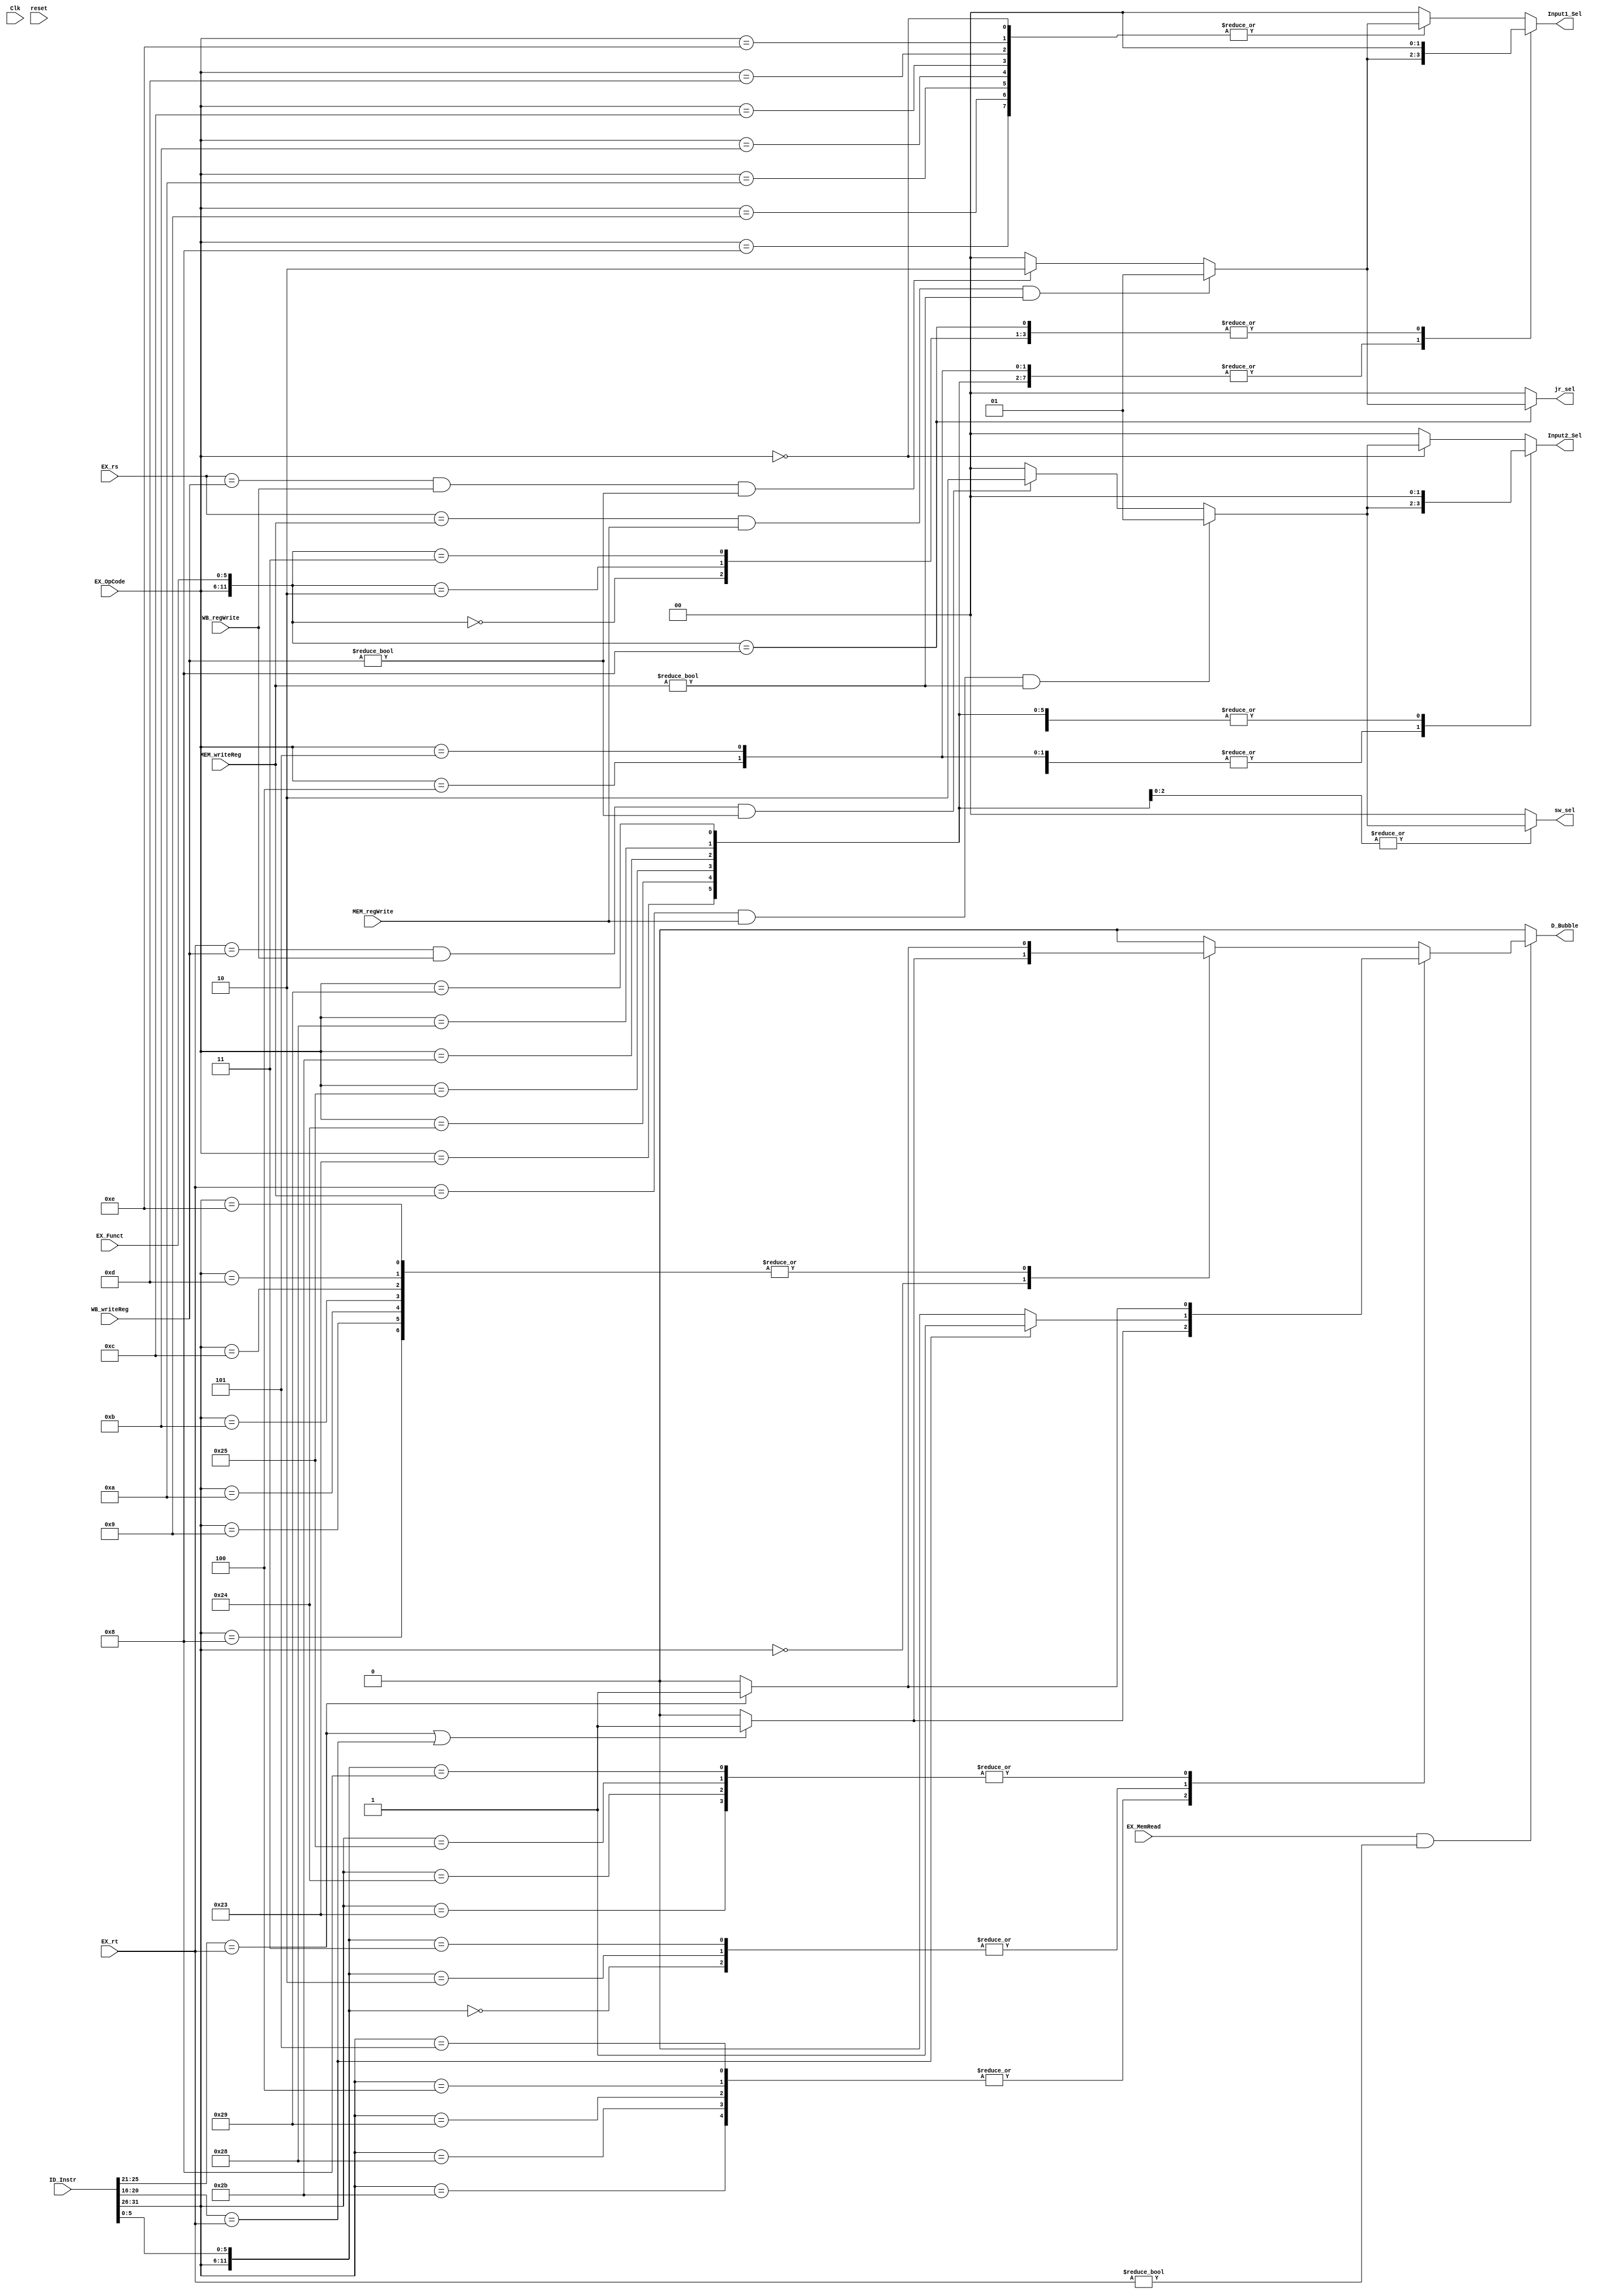
`timescale 1ns / 1ps
//////////////////////////////////////////////////////////////////////////////////
// Company: 
// Engineer: 
// 
// Design Name: 
// Module Name: Data_Hazard_Handler
// Project Name: 
// Target Devices: 
// Tool Versions: 
// Description: 
// 
// Dependencies: 
// 
// Revision:
// Revision 0.01 - File Created
// Additional Comments:
// 
//////////////////////////////////////////////////////////////////////////////////


module Data_Hazard_Handler(

    input Clk,
    input reset,
    
    //Forwarding:
    input [5:0] EX_OpCode,
    input [5:0] EX_Funct,
    input MEM_regWrite,
    input [4:0] MEM_writeReg,
    input WB_regWrite,
    input [4:0] WB_writeReg,
    input [4:0] EX_rs,
    
    output [1:0] Input1_Sel,  //00-default 01-EX_MEMaluRes, 10-MEM_WBwriteData
    output [1:0] Input2_Sel,
    output [1:0] sw_sel, 
    output [1:0] jr_sel,
    
    //Load-Use Case:
    input EX_MemRead,
    input [4:0] EX_rt,
    input [31:0] ID_Instr,
    
    output D_Bubble
    );
    
    reg d_bubble;
    
    assign D_Bubble = d_bubble;
    
    //Load-Use Case:
    always @(ID_Instr or EX_MemRead or EX_rt)
        begin
            if(EX_MemRead == 1 && EX_rt != 0)begin
                casex({ID_Instr[31:26],ID_Instr[5:0]})
                    12'b100011xxxxxx: //lw
                    begin 
                        //rs
                        if(ID_Instr[25:21] == EX_rt) d_bubble = 1;
                        else d_bubble = 0;
                    end
                    12'b100100xxxxxx: //lbu
                    begin 
                        //rs
                        if(ID_Instr[25:21] == EX_rt) d_bubble = 1;
                        else d_bubble = 0;
                    end
                    12'b100101xxxxxx: //lhu
                    begin 
                        //rs
                        if(ID_Instr[25:21] == EX_rt) d_bubble = 1;
                        else d_bubble = 0;
                    end
                    12'b101011xxxxxx: //sw
                    begin
                        //rs rt
                        if(ID_Instr[25:21] == EX_rt || ID_Instr[20:16] == EX_rt) d_bubble = 1;
                        else d_bubble = 0;
                    end
                    12'b101000xxxxxx: //sb
                    begin
                        //rs rt
                        if(ID_Instr[25:21] == EX_rt || ID_Instr[20:16] == EX_rt) d_bubble = 1;
                        else d_bubble = 0;
                    end
                    12'b101001xxxxxx: //sh
                    begin
                        //rs rt
                        if(ID_Instr[25:21] == EX_rt || ID_Instr[20:16] == EX_rt) d_bubble = 1;
                        else d_bubble = 0;
                    end
                    12'b000100xxxxxx: //beq
                    begin
                        //rs rt
                        if(ID_Instr[25:21] == EX_rt || ID_Instr[20:16] == EX_rt) d_bubble = 1;
                        else d_bubble = 0;
                    end
                    12'b000101xxxxxx: //bne new
                    begin
                        //rs rt
                        if(ID_Instr[25:21] == EX_rt || ID_Instr[20:16] == EX_rt) d_bubble = 1;
                        else d_bubble = 0;
                    end
                    12'b000000000000: //sll
                    begin
                        //rt
                        if(ID_Instr[20:16] == EX_rt) d_bubble = 1;
                        else d_bubble = 0;
                    end
                    12'b000000000010: //srl
                    begin
                        //rt
                        if(ID_Instr[20:16] == EX_rt) d_bubble = 1;
                        else d_bubble = 0;
                    end
                    12'b000000000011: //sra
                    begin
                        //rt
                        if(ID_Instr[20:16] == EX_rt) d_bubble = 1;
                        else d_bubble = 0;
                    end
                    12'b000000001000: //jr
                    begin
                        //rs
                        if(ID_Instr[25:21] == EX_rt) d_bubble = 1;
                        else d_bubble = 0;
                    end
                    12'b000000xxxxxx: //remaining r-type
                    begin
                        //rs rt
                        if(ID_Instr[25:21] == EX_rt || ID_Instr[20:16] == EX_rt) d_bubble = 1;
                        else d_bubble = 0;
                    end
                    12'b001000xxxxxx: //addi
                    begin
                        //rs
                        if(ID_Instr[25:21] == EX_rt) d_bubble = 1;
                        else d_bubble = 0;
                    end
                    12'b001001xxxxxx: //addiu new
                    begin
                        //rs
                        if(ID_Instr[25:21] == EX_rt) d_bubble = 1;
                        else d_bubble = 0;
                    end
                    12'b001111xxxxxx: //lui new
                    begin
                        d_bubble = 0;
                    end
                    12'b001010xxxxxx: //slti new
                    begin
                        //rs
                        if(ID_Instr[25:21] == EX_rt) d_bubble = 1;
                        else d_bubble = 0;
                    end
                    12'b001011xxxxxx: //sltiu new
                    begin
                        //rs
                        if(ID_Instr[25:21] == EX_rt) d_bubble = 1;
                        else d_bubble = 0;
                    end
                    12'b001100xxxxxx: //andi
                    begin
                        //rs
                        if(ID_Instr[25:21] == EX_rt) d_bubble = 1;
                        else d_bubble = 0;
                    end
                    12'b001101xxxxxx: //ori
                    begin
                        //rs
                        if(ID_Instr[25:21] == EX_rt) d_bubble = 1;
                        else d_bubble = 0;
                    end
                    12'b001110xxxxxx: //xori
                    begin
                        //rs
                        if(ID_Instr[25:21] == EX_rt) d_bubble = 1;
                        else d_bubble = 0;
                    end
                    12'b000011xxxxxx: //jal
                    begin
                        d_bubble = 0;
                    end
                    12'b000010xxxxxx: //j
                    begin
                        d_bubble = 0;
                    end
                    default:
                        d_bubble = 0;
                endcase
            end
            else d_bubble = 0;
        end
    
    reg [1:0] input1_sel;
    reg [1:0] input2_sel;
    reg [1:0] sw_sel_reg;
    reg [1:0] jr_sel_reg;
    
    assign Input1_Sel = input1_sel;  //00-default 01-EX_MEMaluRes, 10-MEM_WBwriteData
    assign Input2_Sel = input2_sel;
    assign sw_sel = sw_sel_reg;
    assign jr_sel = jr_sel_reg;
    
    //Forwarding:
    always @(EX_OpCode, EX_Funct, EX_rs, EX_rt, MEM_regWrite, 
        MEM_writeReg, WB_regWrite, WB_writeReg) 
        begin
            
            casex({EX_OpCode,EX_Funct}) 
                12'b100011xxxxxx: //lw
                begin 
                    //rs
                    if(EX_rs == MEM_writeReg && MEM_regWrite == 1 && MEM_writeReg != 0) begin
                        input1_sel = 2'b01;
                    end
                    else if(EX_rs == WB_writeReg && WB_regWrite == 1 && WB_writeReg != 0) begin
                        input1_sel = 2'b10;
                    end
                    else begin
                        input1_sel = 2'b00;
                    end
                    input2_sel = 2'b00;
                    sw_sel_reg = 2'b00;
                    jr_sel_reg = 2'b00;
                end
                12'b100100xxxxxx: //lbu
                begin 
                    //rs
                    if(EX_rs == MEM_writeReg && MEM_regWrite == 1 && MEM_writeReg != 0) begin
                        input1_sel = 2'b01;
                    end
                    else if(EX_rs == WB_writeReg && WB_regWrite == 1 && WB_writeReg != 0) begin
                        input1_sel = 2'b10;
                    end
                    else begin
                        input1_sel = 2'b00;
                    end
                    input2_sel = 2'b00;
                    sw_sel_reg = 2'b00;
                    jr_sel_reg = 2'b00;
                end
                12'b100101xxxxxx: //lhu
                begin 
                    //rs
                    if(EX_rs == MEM_writeReg && MEM_regWrite == 1 && MEM_writeReg != 0) begin
                        input1_sel = 2'b01;
                    end
                    else if(EX_rs == WB_writeReg && WB_regWrite == 1 && WB_writeReg != 0) begin
                        input1_sel = 2'b10;
                    end
                    else begin
                        input1_sel = 2'b00;
                    end
                    input2_sel = 2'b00;
                    sw_sel_reg = 2'b00;
                    jr_sel_reg = 2'b00;
                end
                12'b101011xxxxxx: //sw
                begin
                    //rs rt
                    //rs
                    if(EX_rs == MEM_writeReg && MEM_regWrite == 1 && MEM_writeReg != 0) begin
                        input1_sel = 2'b01;
                    end
                    else if(EX_rs == WB_writeReg && WB_regWrite == 1 && WB_writeReg != 0) begin
                        input1_sel = 2'b10;
                    end
                    else begin
                        input1_sel = 2'b00;
                    end
                    //rt-sw
                    if(EX_rt == MEM_writeReg && MEM_regWrite == 1 && MEM_writeReg != 0) begin
                        sw_sel_reg = 2'b01;
                    end
                    else if(EX_rt == WB_writeReg && WB_regWrite == 1 && WB_writeReg != 0) begin
                        sw_sel_reg = 2'b10;
                    end
                    else begin
                        sw_sel_reg = 2'b00;
                    end
                    input2_sel = 2'b00;
                    jr_sel_reg = 2'b00;
                end
                12'b101000xxxxxx: //sb
                begin
                    //rs rt
                    //rs
                    if(EX_rs == MEM_writeReg && MEM_regWrite == 1 && MEM_writeReg != 0) begin
                        input1_sel = 2'b01;
                    end
                    else if(EX_rs == WB_writeReg && WB_regWrite == 1 && WB_writeReg != 0) begin
                        input1_sel = 2'b10;
                    end
                    else begin
                        input1_sel = 2'b00;
                    end
                    //rt-sw
                    if(EX_rt == MEM_writeReg && MEM_regWrite == 1 && MEM_writeReg != 0) begin
                        sw_sel_reg = 2'b01;
                    end
                    else if(EX_rt == WB_writeReg && WB_regWrite == 1 && WB_writeReg != 0) begin
                        sw_sel_reg = 2'b10;
                    end
                    else begin
                        sw_sel_reg = 2'b00;
                    end
                    input2_sel = 2'b00;
                    jr_sel_reg = 2'b00;
                end
                12'b101001xxxxxx: //sh
                begin
                    //rs rt
                    //rs
                    if(EX_rs == MEM_writeReg && MEM_regWrite == 1 && MEM_writeReg != 0) begin
                        input1_sel = 2'b01;
                    end
                    else if(EX_rs == WB_writeReg && WB_regWrite == 1 && WB_writeReg != 0) begin
                        input1_sel = 2'b10;
                    end
                    else begin
                        input1_sel = 2'b00;
                    end
                    //rt-sw
                    if(EX_rt == MEM_writeReg && MEM_regWrite == 1 && MEM_writeReg != 0) begin
                        sw_sel_reg = 2'b01;
                    end
                    else if(EX_rt == WB_writeReg && WB_regWrite == 1 && WB_writeReg != 0) begin
                        sw_sel_reg = 2'b10;
                    end
                    else begin
                        sw_sel_reg = 2'b00;
                    end
                    input2_sel = 2'b00;
                    jr_sel_reg = 2'b00;
                end
                12'b000100xxxxxx: //beq
                begin
                    //rs rt
                    //rs
                    if(EX_rs == MEM_writeReg && MEM_regWrite == 1 && MEM_writeReg != 0) begin
                        input1_sel = 2'b01;
                    end
                    else if(EX_rs == WB_writeReg && WB_regWrite == 1 && WB_writeReg != 0) begin
                        input1_sel = 2'b10;
                    end
                    else begin
                        input1_sel = 2'b00;
                    end
                    //rt
                    if(EX_rt == MEM_writeReg && MEM_regWrite == 1 && MEM_writeReg != 0) begin
                        input2_sel = 2'b01;
                    end
                    else if(EX_rt == WB_writeReg && WB_regWrite == 1 && WB_writeReg != 0) begin
                        input2_sel = 2'b10;
                    end
                    else begin
                        input2_sel = 2'b00;
                    end
                    sw_sel_reg = 2'b00;
                    jr_sel_reg = 2'b00;
                end
                12'b000101xxxxxx: //bne new
                begin
                    //rs rt
                    //rs
                    if(EX_rs == MEM_writeReg && MEM_regWrite == 1 && MEM_writeReg != 0) begin
                        input1_sel = 2'b01;
                    end
                    else if(EX_rs == WB_writeReg && WB_regWrite == 1 && WB_writeReg != 0) begin
                        input1_sel = 2'b10;
                    end
                    else begin
                        input1_sel = 2'b00;
                    end
                    //rt
                    if(EX_rt == MEM_writeReg && MEM_regWrite == 1 && MEM_writeReg != 0) begin
                        input2_sel = 2'b01;
                    end
                    else if(EX_rt == WB_writeReg && WB_regWrite == 1 && WB_writeReg != 0) begin
                        input2_sel = 2'b10;
                    end
                    else begin
                        input2_sel = 2'b00;
                    end
                    sw_sel_reg = 2'b00;
                    jr_sel_reg = 2'b00;
                end
                12'b000000000000: //sll
                begin
                    //rt
                    if(EX_rt == MEM_writeReg && MEM_regWrite == 1 && MEM_writeReg != 0) begin
                        input2_sel = 2'b01;
                    end
                    else if(EX_rt == WB_writeReg && WB_regWrite == 1 && WB_writeReg != 0) begin
                        input2_sel = 2'b10;
                    end
                    else begin
                        input2_sel = 2'b00;
                    end
                    input1_sel = 2'b00;
                    sw_sel_reg = 2'b00;
                    jr_sel_reg = 2'b00;
                end
                12'b000000000010: //srl
                begin
                    //rt
                    if(EX_rt == MEM_writeReg && MEM_regWrite == 1 && MEM_writeReg != 0) begin
                        input2_sel = 2'b01;
                    end
                    else if(EX_rt == WB_writeReg && WB_regWrite == 1 && WB_writeReg != 0) begin
                        input2_sel = 2'b10;
                    end
                    else begin
                        input2_sel = 2'b00;
                    end
                    input1_sel = 2'b00;
                    sw_sel_reg = 2'b00;
                    jr_sel_reg = 2'b00;
                end
                12'b000000000011: //sra
                begin
                    //rt
                    if(EX_rt == MEM_writeReg && MEM_regWrite == 1 && MEM_writeReg != 0) begin
                        input2_sel = 2'b01;
                    end
                    else if(EX_rt == WB_writeReg && WB_regWrite == 1 && WB_writeReg != 0) begin
                        input2_sel = 2'b10;
                    end
                    else begin
                        input2_sel = 2'b00;
                    end
                    input1_sel = 2'b00;
                    sw_sel_reg = 2'b00;
                    jr_sel_reg = 2'b00;
                end
                12'b000000001000: //jr
                begin
                    //rs
                    if(EX_rs == MEM_writeReg && MEM_regWrite == 1 && MEM_writeReg != 0) begin
                        jr_sel_reg = 2'b01;
                    end
                    else if(EX_rs == WB_writeReg && WB_regWrite == 1 && WB_writeReg != 0) begin
                        jr_sel_reg = 2'b10;
                    end
                    else begin
                        jr_sel_reg = 2'b00;
                    end
                    input1_sel = 2'b00;
                    input2_sel = 2'b00;
                    sw_sel_reg = 2'b00;
                end
                12'b000000xxxxxx: //remaining r-type
                begin
                    //rs rt
                    //rs
                    if(EX_rs == MEM_writeReg && MEM_regWrite == 1 && MEM_writeReg != 0) begin
                        input1_sel = 2'b01;
                    end
                    else if(EX_rs == WB_writeReg && WB_regWrite == 1 && WB_writeReg != 0) begin
                        input1_sel = 2'b10;
                    end
                    else begin
                        input1_sel = 2'b00;
                    end
                    //rt
                    if(EX_rt == MEM_writeReg && MEM_regWrite == 1 && MEM_writeReg != 0) begin
                        input2_sel = 2'b01;
                    end
                    else if(EX_rt == WB_writeReg && WB_regWrite == 1 && WB_writeReg != 0) begin
                        input2_sel = 2'b10;
                    end
                    else begin
                        input2_sel = 2'b00;
                    end
                    sw_sel_reg = 2'b00;
                    jr_sel_reg = 2'b00;
                end
                12'b001000xxxxxx: //addi
                begin
                    //rs
                    if(EX_rs == MEM_writeReg && MEM_regWrite == 1 && MEM_writeReg != 0) begin
                        input1_sel = 2'b01;
                    end
                    else if(EX_rs == WB_writeReg && WB_regWrite == 1 && WB_writeReg != 0) begin
                        input1_sel = 2'b10;
                    end
                    else begin
                        input1_sel = 2'b00;
                    end
                    input2_sel = 2'b00;
                    sw_sel_reg = 2'b00;
                    jr_sel_reg = 2'b00;
                end
                12'b001001xxxxxx: //addiu new
                begin
                    //rs
                    if(EX_rs == MEM_writeReg && MEM_regWrite == 1 && MEM_writeReg != 0) begin
                        input1_sel = 2'b01;
                    end
                    else if(EX_rs == WB_writeReg && WB_regWrite == 1 && WB_writeReg != 0) begin
                        input1_sel = 2'b10;
                    end
                    else begin
                        input1_sel = 2'b00;
                    end
                    input2_sel = 2'b00;
                    sw_sel_reg = 2'b00;
                    jr_sel_reg = 2'b00;
                end
                12'b001111xxxxxx: //lui
                begin
                    input1_sel = 2'b00;
                    input2_sel = 2'b00;
                    sw_sel_reg = 2'b00;
                    jr_sel_reg = 2'b00;
                end
                12'b001010xxxxxx: //slti
                begin
                    //rs
                    if(EX_rs == MEM_writeReg && MEM_regWrite == 1 && MEM_writeReg != 0) begin
                        input1_sel = 2'b01;
                    end
                    else if(EX_rs == WB_writeReg && WB_regWrite == 1 && WB_writeReg != 0) begin
                        input1_sel = 2'b10;
                    end
                    else begin
                        input1_sel = 2'b00;
                    end
                    input2_sel = 2'b00;
                    sw_sel_reg = 2'b00;
                    jr_sel_reg = 2'b00;
                end
                12'b001011xxxxxx: //sltiu
                begin
                    //rs
                    if(EX_rs == MEM_writeReg && MEM_regWrite == 1 && MEM_writeReg != 0) begin
                        input1_sel = 2'b01;
                    end
                    else if(EX_rs == WB_writeReg && WB_regWrite == 1 && WB_writeReg != 0) begin
                        input1_sel = 2'b10;
                    end
                    else begin
                        input1_sel = 2'b00;
                    end
                    input2_sel = 2'b00;
                    sw_sel_reg = 2'b00;
                    jr_sel_reg = 2'b00;
                end
                12'b001100xxxxxx: //andi
                begin
                    //rs
                    if(EX_rs == MEM_writeReg && MEM_regWrite == 1 && MEM_writeReg != 0) begin
                        input1_sel = 2'b01;
                    end
                    else if(EX_rs == WB_writeReg && WB_regWrite == 1 && WB_writeReg != 0) begin
                        input1_sel = 2'b10;
                    end
                    else begin
                        input1_sel = 2'b00;
                    end
                    input2_sel = 2'b00;
                    sw_sel_reg = 2'b00;
                    jr_sel_reg = 2'b00;
                end
                12'b001101xxxxxx: //ori
                begin
                    //rs
                    if(EX_rs == MEM_writeReg && MEM_regWrite == 1 && MEM_writeReg != 0) begin
                        input1_sel = 2'b01;
                    end
                    else if(EX_rs == WB_writeReg && WB_regWrite == 1 && WB_writeReg != 0) begin
                        input1_sel = 2'b10;
                    end
                    else begin
                        input1_sel = 2'b00;
                    end
                    input2_sel = 2'b00;
                    sw_sel_reg = 2'b00;
                    jr_sel_reg = 2'b00;
                end
                12'b001110xxxxxx: //xori
                begin
                    //rs
                    if(EX_rs == MEM_writeReg && MEM_regWrite == 1 && MEM_writeReg != 0) begin
                        input1_sel = 2'b01;
                    end
                    else if(EX_rs == WB_writeReg && WB_regWrite == 1 && WB_writeReg != 0) begin
                        input1_sel = 2'b10;
                    end
                    else begin
                        input1_sel = 2'b00;
                    end
                    input2_sel = 2'b00;
                    sw_sel_reg = 2'b00;
                    jr_sel_reg = 2'b00;
                end
                12'b000011xxxxxx: //jal
                begin
                    input1_sel = 2'b00;
                    input2_sel = 2'b00;
                    sw_sel_reg = 2'b00;
                    jr_sel_reg = 2'b00;
                end
                12'b000010xxxxxx: //j
                begin
                    input1_sel = 2'b00;
                    input2_sel = 2'b00;
                    sw_sel_reg = 2'b00;
                    jr_sel_reg = 2'b00;
                end
                default:
                begin
                    input1_sel = 2'b00;
                    input2_sel = 2'b00;
                    sw_sel_reg = 2'b00;
                    jr_sel_reg = 2'b00;
                end
            endcase
        end
        
endmodule